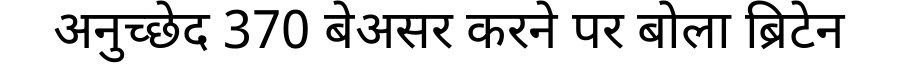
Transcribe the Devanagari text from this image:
अनुच्छेद 370 बेअसर करने पर बोला ब्रिटेन